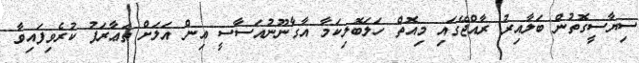
ސިޔާސީގޮތުން ބަލާއިރު ރާއްޖޭގައި މިއޮތް ހަލަބޮލިކަމާ އާގާނޫނުއަސާސީ އިން އަލަށް ތަޢާރަފު ކުރެވިފައިވާ